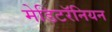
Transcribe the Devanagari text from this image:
मेडिटरॅनियन